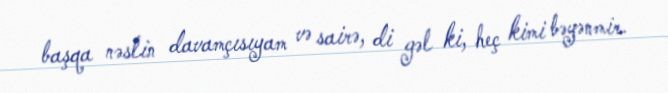
başqa nəslin davamçısıyam və sairə, di gəl ki, heç kimi bəyənmir.